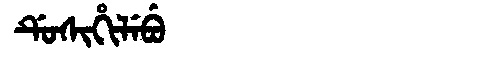
Manchu: ᡩᡠᠰᡳᡥᡳᠯᡝᠪᡠ
Romanization: DUSIHILEBU